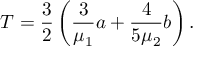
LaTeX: T = \frac { 3 } { 2 } \left( \frac { 3 } { \mu _ { 1 } } a + \frac { 4 } { 5 \mu _ { 2 } } b \right) .